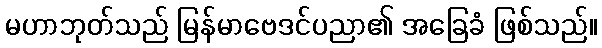
မဟာဘုတ်သည် မြန်မာဗေဒင်ပညာ၏ အခြေခံ ဖြစ်သည်။